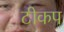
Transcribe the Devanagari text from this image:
टीकप